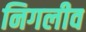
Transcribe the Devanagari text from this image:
निगलीव